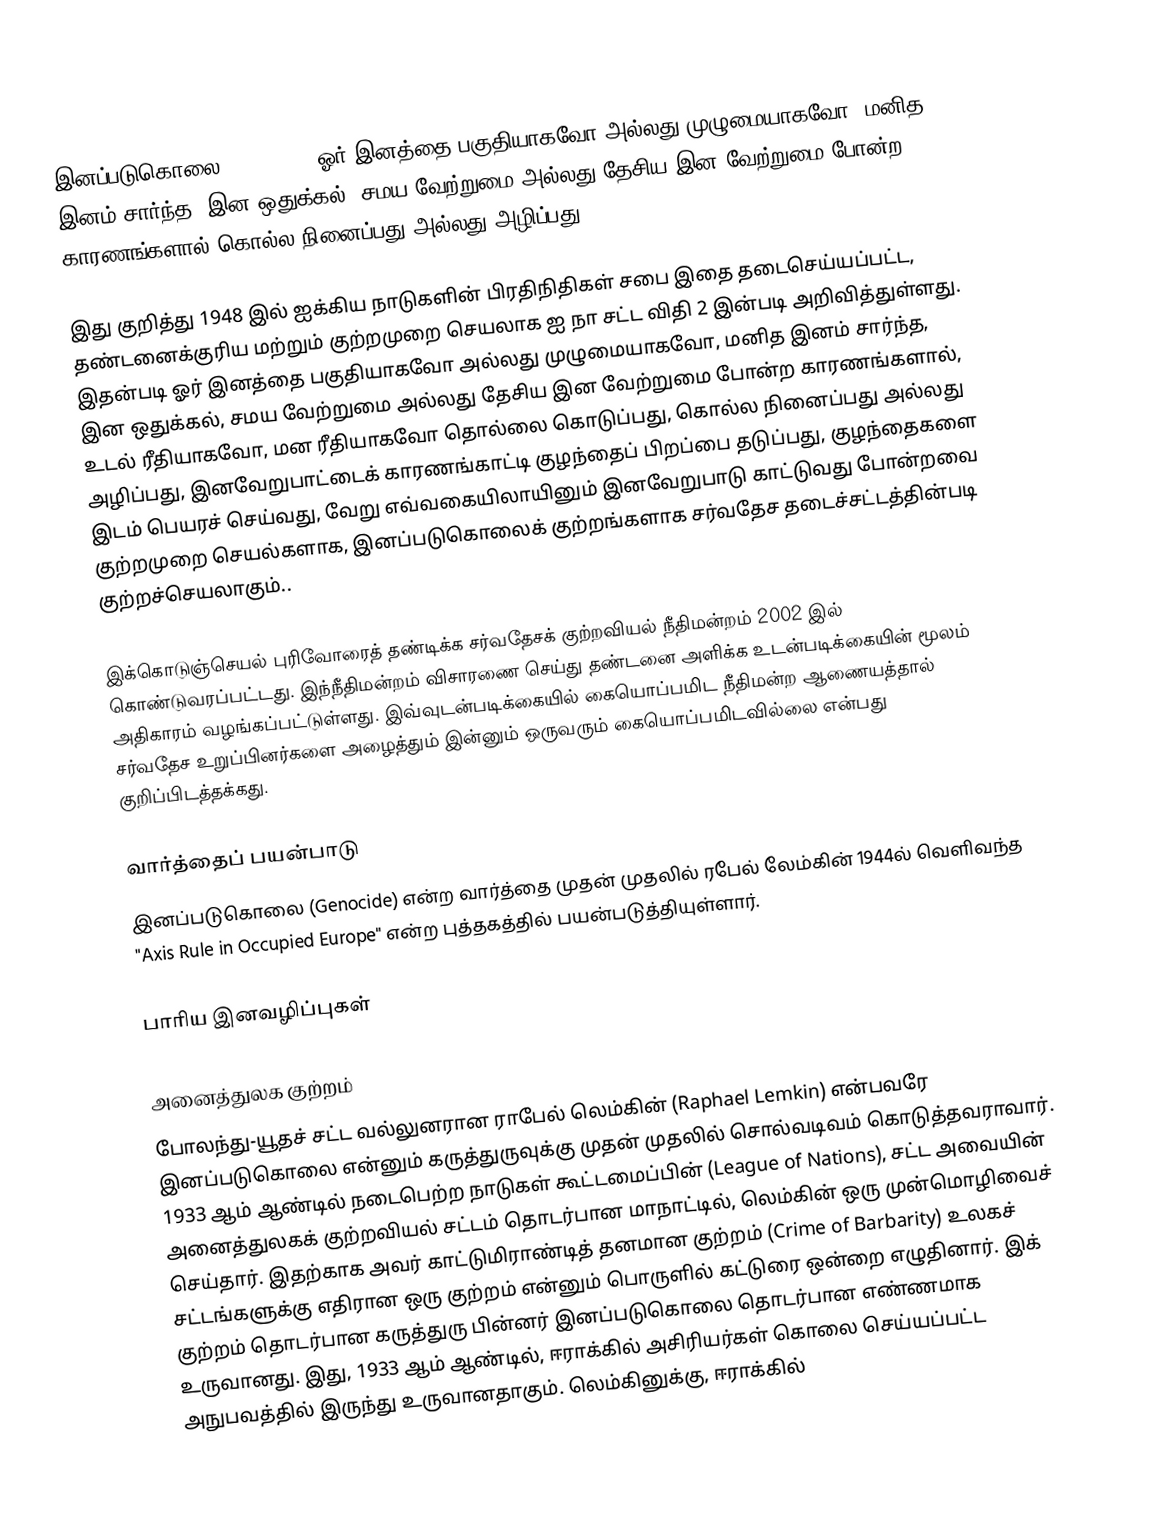
இனப்படுகொலை (Genocide) ஓர் இனத்தை பகுதியாகவோ அல்லது முழுமையாகவோ, மனித இனம் சார்ந்த, இன ஒதுக்கல், சமய வேற்றுமை அல்லது தேசிய இன வேற்றுமை போன்ற காரணங்களால் கொல்ல நினைப்பது அல்லது அழிப்பது.

இது குறித்து 1948 இல் ஐக்கிய நாடுகளின் பிரதிநிதிகள் சபை இதை தடைசெய்யப்பட்ட, தண்டனைக்குரிய மற்றும் குற்றமுறை செயலாக ஐ நா சட்ட விதி 2 இன்படி அறிவித்துள்ளது.  இதன்படி ஓர் இனத்தை பகுதியாகவோ அல்லது முழுமையாகவோ, மனித இனம் சார்ந்த, இன ஒதுக்கல், சமய வேற்றுமை அல்லது தேசிய இன வேற்றுமை போன்ற காரணங்களால், உடல் ரீதியாகவோ, மன ரீதியாகவோ தொல்லை கொடுப்பது, கொல்ல நினைப்பது அல்லது அழிப்பது, இனவேறுபாட்டைக் காரணங்காட்டி குழந்தைப் பிறப்பை தடுப்பது, குழந்தைகளை இடம் பெயரச் செய்வது, வேறு எவ்வகையிலாயினும் இனவேறுபாடு காட்டுவது போன்றவை குற்றமுறை செயல்களாக, இனப்படுகொலைக் குற்றங்களாக சர்வதேச தடைச்சட்டத்தின்படி குற்றச்செயலாகும்..

இக்கொடுஞ்செயல் புரிவோரைத் தண்டிக்க சர்வதேசக் குற்றவியல் நீதிமன்றம் 2002 இல் கொண்டுவரப்பட்டது. இந்நீதிமன்றம் விசாரணை செய்து தண்டனை அளிக்க உடன்படிக்கையின் மூலம் அதிகாரம் வழங்கப்பட்டுள்ளது. இவ்வுடன்படிக்கையில் கையொப்பமிட நீதிமன்ற ஆணையத்தால் சர்வதேச உறுப்பினர்களை அழைத்தும் இன்னும் ஒருவரும் கையொப்பமிடவில்லை என்பது குறிப்பிடத்தக்கது.

வார்த்தைப் பயன்பாடு
இனப்படுகொலை (Genocide) என்ற வார்த்தை முதன் முதலில் ரபேல் லேம்கின் 1944ல்  வெளிவந்த  "Axis Rule in Occupied Europe" என்ற புத்தகத்தில் பயன்படுத்தியுள்ளார்.

பாரிய இனவழிப்புகள்

அனைத்துலக குற்றம்
போலந்து-யூதச் சட்ட வல்லுனரான ராபேல் லெம்கின் (Raphael Lemkin) என்பவரே இனப்படுகொலை என்னும் கருத்துருவுக்கு முதன் முதலில் சொல்வடிவம் கொடுத்தவராவார். 1933 ஆம் ஆண்டில் நடைபெற்ற நாடுகள் கூட்டமைப்பின் (League of Nations), சட்ட அவையின் அனைத்துலகக் குற்றவியல் சட்டம் தொடர்பான மாநாட்டில், லெம்கின் ஒரு முன்மொழிவைச் செய்தார். இதற்காக அவர் காட்டுமிராண்டித் தனமான குற்றம் (Crime of Barbarity) உலகச் சட்டங்களுக்கு எதிரான ஒரு குற்றம் என்னும் பொருளில் கட்டுரை ஒன்றை எழுதினார். இக் குற்றம் தொடர்பான கருத்துரு பின்னர் இனப்படுகொலை தொடர்பான எண்ணமாக உருவானது. இது, 1933 ஆம் ஆண்டில், ஈராக்கில் அசிரியர்கள் கொலை செய்யப்பட்ட அநுபவத்தில் இருந்து உருவானதாகும். லெம்கினுக்கு, ஈராக்கில்